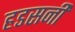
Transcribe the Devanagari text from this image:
हडसनी